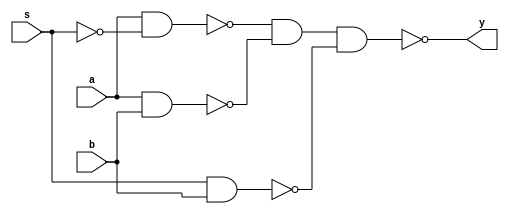
module m14k_ejt_mux2(
	y,
	s,
	a,
	b);

	

output		y;			// Output

input		s;			// Select input
input		a;			// s==0
input		b;			// s==1

// BEGIN Wire declarations made by MVP
wire y;
wire bterm;
wire sela;
wire naterm2;
wire aterm2;
wire aterm;
wire a_b;
// END Wire declarations made by MVP




//---------------------------------------------------------------------------
// Code
//---------------------------------------------------------------------------

// This is simulation code of a glitch-free mux built out of NAND gates
// For synthesis, NAND gates from the library should be hand-instantiated here
// and this module should be 'don't touched' wherever it is instantiated.
// It is important that this mux is glitch-free even when select input
// changes and both input are the same.

	assign a_b = !(a && b);
// NAND2X2 a_bi (.y(a_b), .a(a), .b(b));	
	
	assign sela = !(s && s);
// NAND2X2 selai (.y(sela), .a(s), .b(s));

	assign aterm = !(a && sela);
// NAND2X2 atermi (.y(aterm), .a(sela), .b(a));

	assign aterm2 = !(aterm && a_b);
// NAND2X2 aterm2i (.y(aterm2), .a(aterm), .b(a_b));

	assign naterm2 = !(aterm2 && aterm2);
// NAND2X2 natermi (.y(naterm2), .a(aterm2), .b(aterm2)); 	

	assign bterm = !(s && b);
// NAND2X2 btermi (.y(bterm), .a(s), .b(b));	

	assign y = !(naterm2 && bterm);
// NAND2X2 yi (.y(y), .a(naterm2), .b(bterm));	
	


endmodule